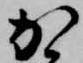
か